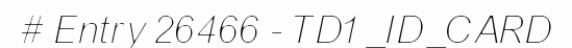
# Entry 26466 - TD1_ID_CARD